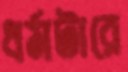
ধর্মটারে